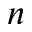
n